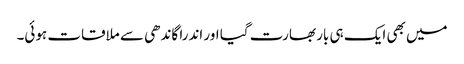
میں بھی ایک ہی بار بھارت گیا اور اندرا گاندھی سے ملاقات ہوئی۔